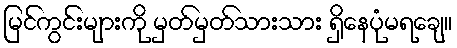
မြင်ကွင်းများကို မှတ်မှတ်သားသား ရှိနေပုံမရချေ။